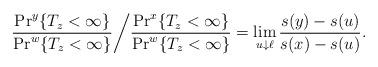
LaTeX: \begin{align*}\frac{\Pr^y\{T_z < \infty\}}{\Pr^w\{T_z < \infty\}}\bigg /\frac{\Pr^x\{T_z < \infty\}}{\Pr^w\{T_z < \infty\}}=\lim_{u \downarrow \ell} \frac{s(y) - s(u)}{s(x) - s(u)}.\end{align*}